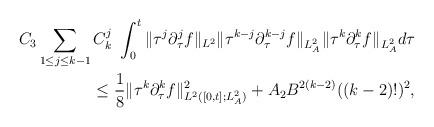
LaTeX: \begin{align*}C_3\sum_{1\le j\le k-1}C^j_k\ \int^t_0\|\tau^{j}\partial^{j}_\tau f\|_{L^2}\|\tau^{k-j}\partial^{k-j}_\tau f\|_{L^2_A}\|\tau^k\partial^k_\tau f\|_{L^2_A}d\tau\\\le \frac{1}{8}\|\tau^k\partial^k_\tau f\|^2_{L^2([0,t];L^2_A)}+A_2 B^{2(k-2)}((k-2)!)^2,\end{align*}